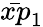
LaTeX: \bar{xp}_{1}